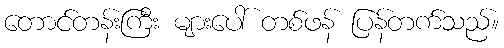
တောင်တန်းကြီး များပေါ် တစ်ဖန် ပြန်တက်သည်။